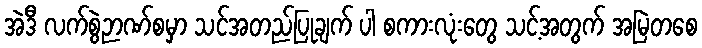
အဲဒီ လက်စွဲဉာဏ်စမှာ သင်အတည်ပြုချက် ပါ စကားလုံးတွေ သင့်အတွက် အမြဲတစေ